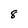
Character: 8